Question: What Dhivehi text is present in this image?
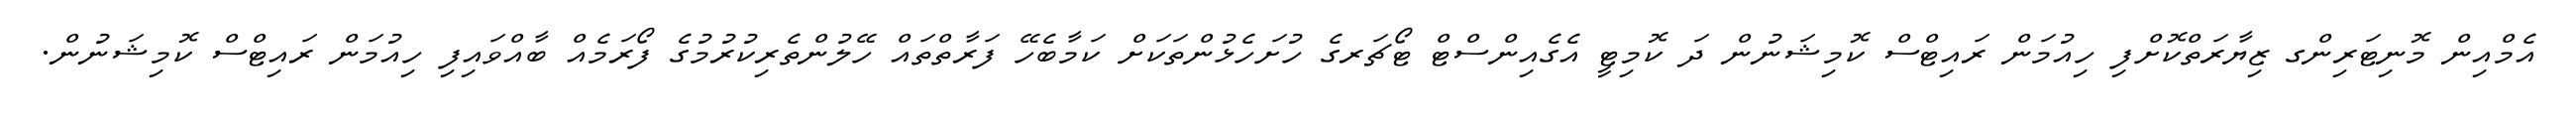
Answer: އެމްއިން މޮނިޓަރިންގ ޒިޔާރަތްކޮށްފި ހިއުމަން ރައިޓްސް ކޮމިޝަނުން ދަ ކޮމިޓީ އެގެއިންސްޓް ޓޯޗަރގެ ހުށަހެޅުންތަކަށް ކަމާބެހޭ ފަރާތްތައް ހޭލުންތެރިކުރުމުގެ ފޯރަމެއް ބާއްވައިފި ހިއުމަން ރައިޓްސް ކޮމިޝަނުން.